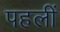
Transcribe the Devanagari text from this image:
पहलीं